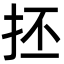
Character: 抷